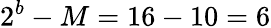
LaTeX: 2^{b}-M=16-10=6